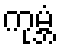
ကုမ္ဘံ